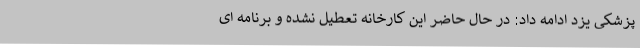
پزشکی یزد ادامه داد: در حال حاضر این کارخانه تعطیل نشده و برنامه ای